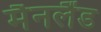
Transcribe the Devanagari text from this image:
मैनलैंड